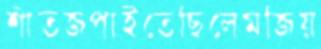
শীতজপাইতেছিলেমজিয়